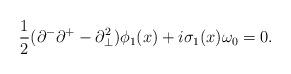
LaTeX: \begin{align*}{1\over2}(\partial^-\partial^+-\partial^2_\bot)\phi_1(x)+i\sigma_1(x)\omega_0=0.\end{align*}